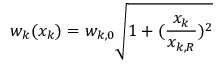
w _ { k } ( x _ { k } ) = w _ { k , 0 } \sqrt { 1 + ( \frac { x _ { k } } { x _ { k , R } } ) ^ { 2 } }